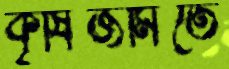
কৃষিজমিতে